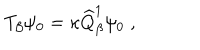
T _ { \beta } \psi _ { 0 } = \kappa \widehat { Q } _ { \beta } ^ { 1 } \psi _ { 0 } \; ,